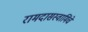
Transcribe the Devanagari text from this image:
रामदासस्वामिंचे